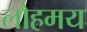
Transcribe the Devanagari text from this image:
लौहमय